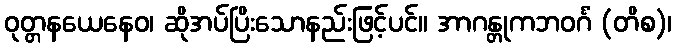
ဝုတ္တနယေနေဝ၊ ဆိုအပ်ပြိးသောနည်းဖြင့်ပင်။ အာဂန္တုကဘဝင်္ဂံ (တိစ)၊